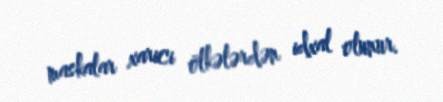
maskalar xarici ölkələrdən idxal olunur.